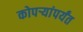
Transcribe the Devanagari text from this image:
कोपर्‍यांपर्यंत